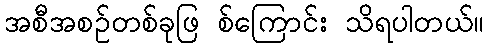
အစီအစဉ်တစ်ခုဖြ စ်ကြောင်း သိရပါတယ်။